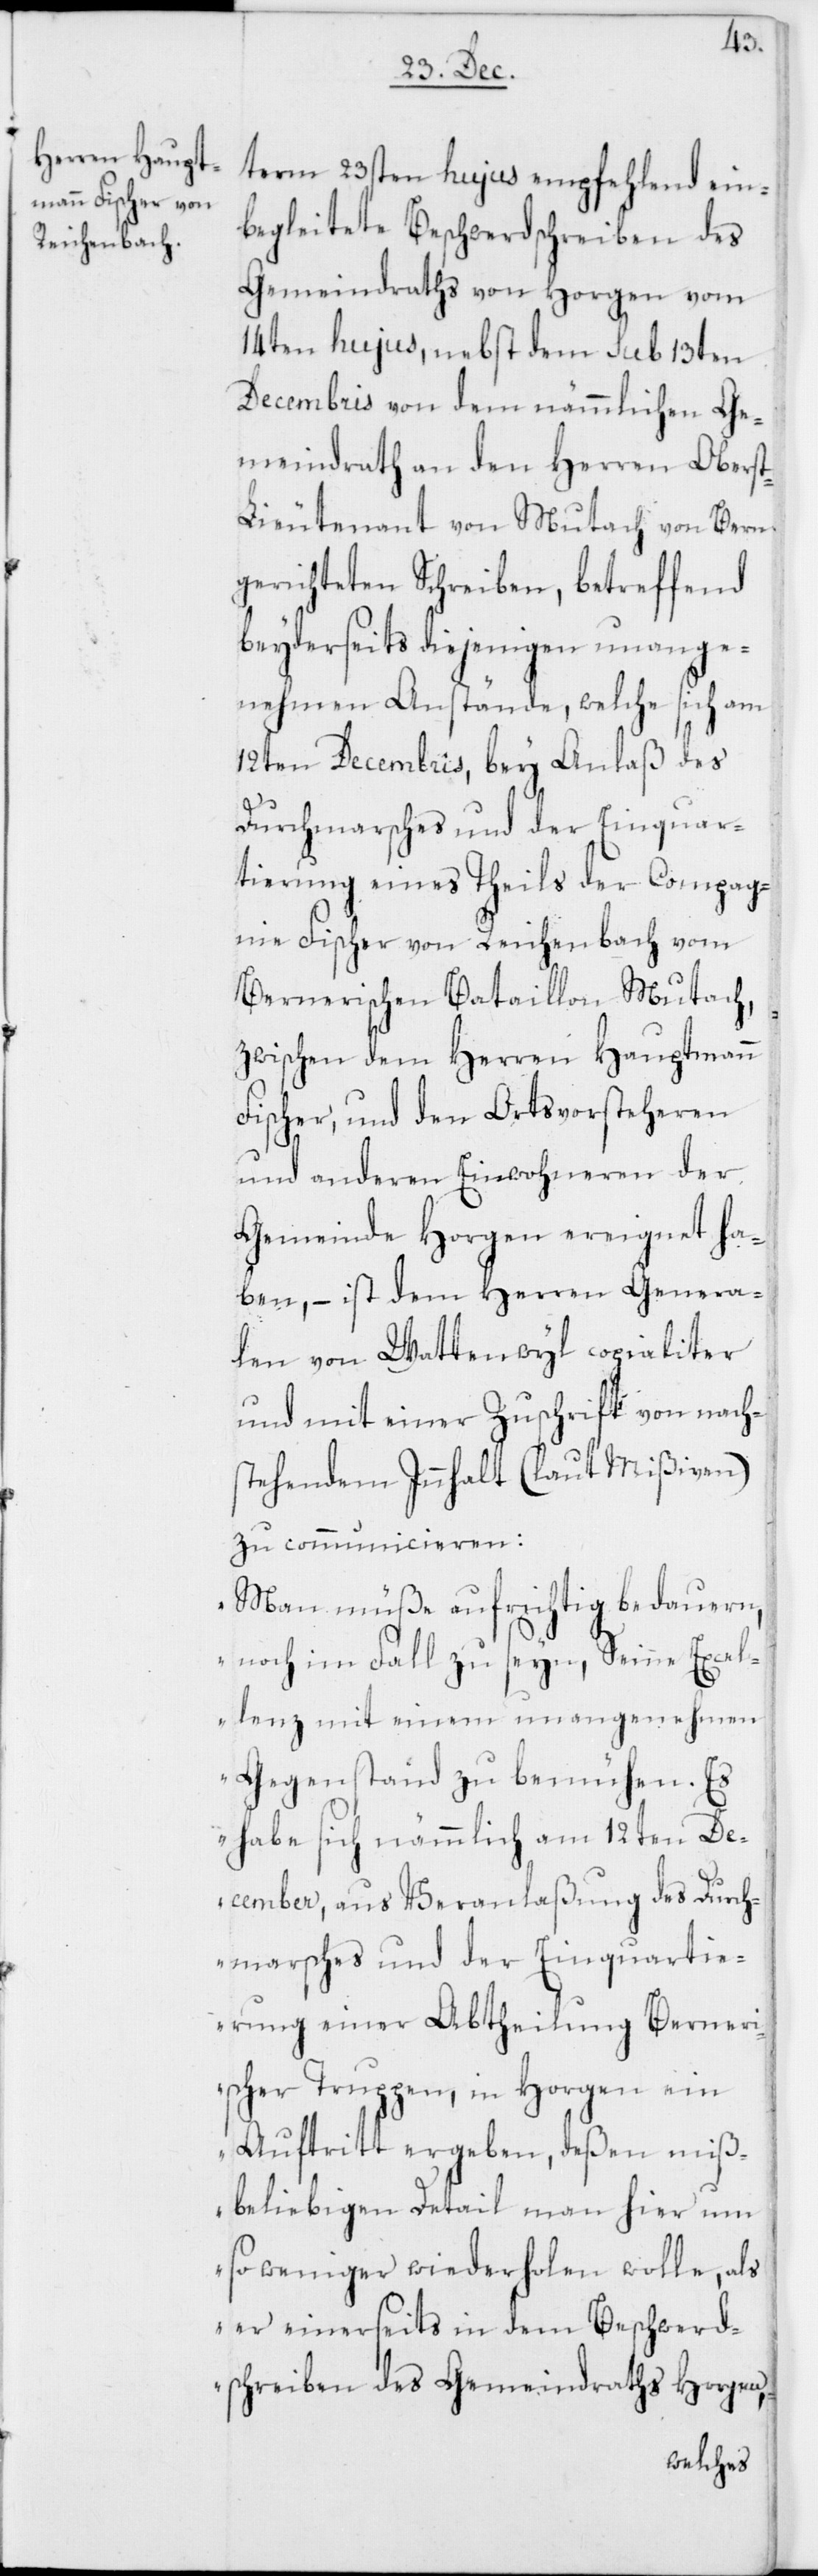
term 23sten hujus empfehlend ein¬
begleitete Beschwerdschreiben des
Gemeindraths von Horgen vom
14ten hujus, nebst dem sub 13ten
Decembris von dem nämmlichen Ge¬
meindrath an den Herren Obers¬
t-Lieutenant von Mutach von Bern
gerichteten Schreiben, betreffend
beyderseits diejenigen unange¬
nehmen Anstände, welche sich am
12ten Decembris, bey Anlaß des
Durchmarsches und der Einquar¬
tierung eines Theils der Compag¬
nie Fischer von Reichenbach vom
Bernerischen Bataillon Mutach,
zwischen dem Herren Hauptmann
Fischer, und den Ortsvorsteheren
und anderen Einwohneren der
Gemeinde Horgen ereignet ha¬
ben, – ist dem Herren Genera¬
len von Wattenwyl copialiter
und mit einer Zuschrift von nach¬
stehendem Innhalt (laut Mißiven)
zu communicieren:
„Man müße aufrichtig bedauern,
noch im Fall zu seyn, Seine Excel¬
lenz mit einem unangenehmen
Gegenstand zu bemühen. Es
habe sich nämmlich am 12ten De¬
cember, aus Veranlaßung des Durch¬
marsches und der Einquartie¬
rung einer Abtheilung Berneri¬
scher Truppen, in Horgen ein
Auftritt ergeben, deßen miß¬
beliebigen Detail man hier um
so weniger wiederholen wolle, als
er einerseits in dem Beschwerd¬
schreiben des Gemeindraths Horgen,